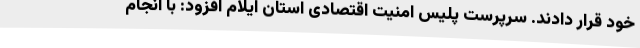
خود قرار دادند. سرپرست پلیس امنیت اقتصادی استان ایلام افزود: با انجام